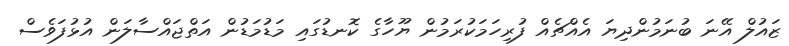
ޒައުލް އޭނަ ބުނަމުންދިޔަ އެއްޗެއް ފުރިހަމަކުރަމުން ޔޫހާގެ ކޮނޑުގައި މަޑުމަޑުން އަތްޖައްސާލަން އުޅުފަވެސް